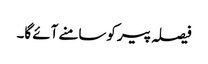
فیصلہ پیر کوسامنے آئے گا۔